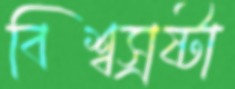
বিশ্বস্রষ্টা